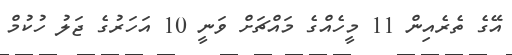
އޭގެ ތެރެއިން 11 މީހެއްގެ މައްޗަށް ވަނީ 10 އަހަރުގެ ޖަލު ހުކުމް